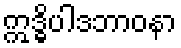
ဣဒ္ဓိပါဒဘာဝနာ